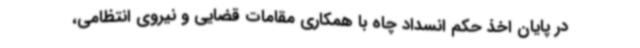
در پایان اخذ حکم انسداد چاه با همکاری مقامات قضایی و نیروی انتظامی،